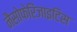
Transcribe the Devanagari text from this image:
नैसोफेरिंजाइटिस